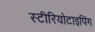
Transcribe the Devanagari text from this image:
स्टीरियोटाइपिंग